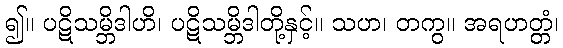
၍။ ပဋိသမ္ဘိဒါဟိ၊ ပဋိသမ္ဘိဒါတို့နှင့်။ သဟ၊ တကွ။ အရဟတ္တံ၊